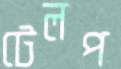
টেলপ